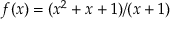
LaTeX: f ( x ) = ( x ^ { 2 } + x + 1 ) / ( x + 1 )